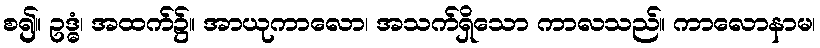
စ၍။ ဥဒ္ဓံ၊ အထက်၌။ အာယုကာလော၊ အသက်ရှိသော ကာလသည်။ ကာလောနာမ၊